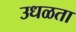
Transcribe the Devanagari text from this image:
उधळता